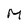
Character: M